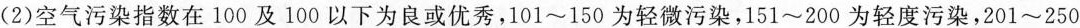
(2)空气污染指数在100及100以下为良或优秀，101~150为轻微污染，151~200为轻度污染，201~250